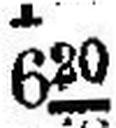
620